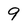
Character: 9